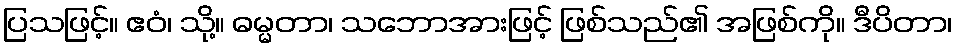
ပြသဖြင့်။ ဧဝံ၊ သို့။ ဓမ္မတာ၊ သဘောအားဖြင့် ဖြစ်သည်၏ အဖြစ်ကို။ ဒီပိတာ၊